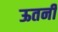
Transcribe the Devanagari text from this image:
ऊतनी